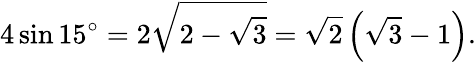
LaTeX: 4\sin 15^{\circ}=2{\sqrt{2-{\sqrt{3}}}}={\sqrt{2}}\left({\sqrt{3}}-1\right).